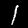
Label: 1